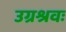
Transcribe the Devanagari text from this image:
उग्रश्रवः